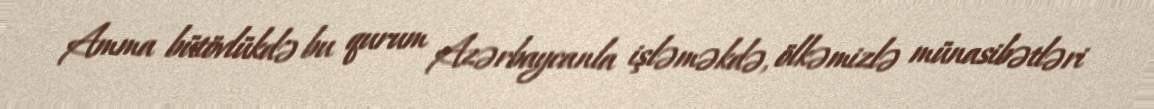
Amma bütövlükdə bu qurum Azərbaycanla işləməkdə, ölkəmizlə münasibətləri